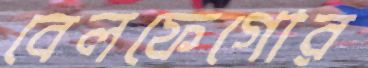
বেলফেগোর